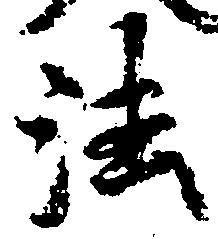
法